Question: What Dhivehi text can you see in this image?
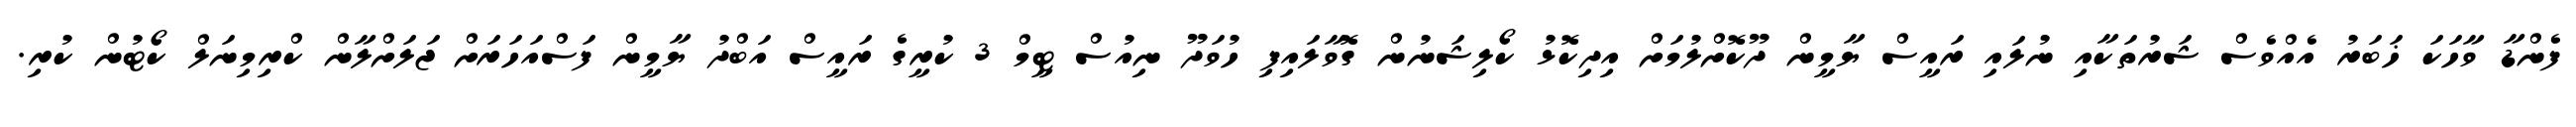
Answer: ފެންޑާ ވާހަކަ ޚަބަރު އެއްވެސް ޝަރުތަކާއި ނުލައި ރައީސް ޔާމީން ދޫކޮށްލުމަށް އިދިކޮޅު ކޯލިޝަނުން ގޮވާލައިފި ހުވަދޫ ނިއުސް ޓީމް 3 ކުރީގެ ރައީސް އަބްދު ޔާމީން ފަސްއަހަރަށް ޖަލަށްލާން ކްރިމިނަލް ކޯޓުން ކުރި.